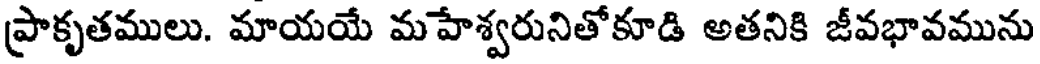
ప్రాకృతములు. మాయయే మహేశ్వరునితోకూడి అతనికి జీవభావమును